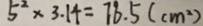
5 ^ { 2 } \times 3 . 1 4 = 7 8 . 5 ( c m ^ { 2 } )